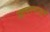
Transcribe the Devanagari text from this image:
आपल्यातून